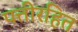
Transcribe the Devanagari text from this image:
पत्तीरहित